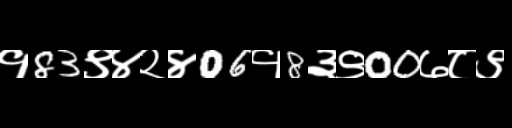
Text: १83९४२४06१8३९00७८९